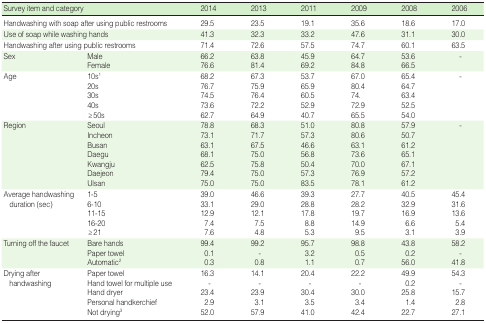
<table><thead><tr><td colspan="2"><b>Survey item and category</b></td><td><b>2014</b></td><td><b>2013</b></td><td><b>2011</b></td><td><b>2009</b></td><td><b>2008</b></td><td><b>2006</b></td></tr></thead><tbody><tr><td colspan="2">Handwashing with soap after using public restrooms</td><td>29.5</td><td>23.5</td><td>19.1</td><td>35.6</td><td>18.6</td><td>17.0</td></tr><tr><td colspan="2">Use of soap while washing hands</td><td>41.3</td><td>32.3</td><td>33.2</td><td>47.6</td><td>31.1</td><td>30.0</td></tr><tr><td colspan="2">Handwashing after using public restrooms</td><td>71.4</td><td>72.6</td><td>57.5</td><td>74.7</td><td>60.1</td><td>63.5</td></tr><tr><td rowspan="2">Sex</td><td>Male</td><td>66.2</td><td>63.8</td><td>45.9</td><td>64.7</td><td>53.6</td><td>-</td></tr><tr><td>Female</td><td>76.6</td><td>81.4</td><td>69.2</td><td>84.8</td><td>66.5</td><td></td></tr><tr><td rowspan="5">Age</td><td>10s<sup>1</sup></td><td>68.2</td><td>67.3</td><td>53.7</td><td>67.0</td><td>65.4</td><td>-</td></tr><tr><td>20s</td><td>76.7</td><td>75.9</td><td>65.9</td><td>80.4</td><td>64.7</td><td></td></tr><tr><td>30s</td><td>74.5</td><td>76.4</td><td>60.5</td><td>74.</td><td>63.4</td><td></td></tr><tr><td>40s</td><td>73.6</td><td>72.2</td><td>52.9</td><td>72.9</td><td>52.5</td><td></td></tr><tr><td>≥50s</td><td>62.7</td><td>64.9</td><td>40.7</td><td>65.5</td><td>54.0</td><td></td></tr><tr><td rowspan="7">Region</td><td>Seoul</td><td>78.8</td><td>68.3</td><td>51.0</td><td>80.8</td><td>57.9</td><td>-</td></tr><tr><td>Incheon</td><td>73.1</td><td>71.7</td><td>57.3</td><td>80.6</td><td>50.7</td><td></td></tr><tr><td>Busan</td><td>63.1</td><td>67.5</td><td>46.6</td><td>63.1</td><td>61.2</td><td></td></tr><tr><td>Daegu</td><td>68.1</td><td>75.0</td><td>56.8</td><td>73.6</td><td>65.1</td><td></td></tr><tr><td>Kwangju</td><td>62.5</td><td>75.8</td><td>50.4</td><td>70.0</td><td>67.1</td><td></td></tr><tr><td>Daejeon</td><td>79.4</td><td>75.0</td><td>57.3</td><td>76.9</td><td>57.2</td><td></td></tr><tr><td>Ulsan</td><td>75.0</td><td>75.0</td><td>83.5</td><td>78.1</td><td>61.2</td><td></td></tr><tr><td rowspan="5">Average handwashing duration (sec)</td><td>1-5</td><td>39.0</td><td>46.6</td><td>39.3</td><td>27.7</td><td>40.5</td><td>45.4</td></tr><tr><td>6-10</td><td>33.1</td><td>29.0</td><td>28.8</td><td>28.2</td><td>32.9</td><td>31.6</td></tr><tr><td>11-15</td><td>12.9</td><td>12.1</td><td>17.8</td><td>19.7</td><td>16.9</td><td>13.6</td></tr><tr><td>16-20</td><td>7.4</td><td>7.5</td><td>8.8</td><td>14.9</td><td>6.6</td><td>5.4</td></tr><tr><td>≥21</td><td>7.6</td><td>4.8</td><td>5.3</td><td>9.5</td><td>3.1</td><td>3.9</td></tr><tr><td rowspan="3">Turning off the faucet</td><td>Bare hands</td><td>99.4</td><td>99.2</td><td>95.7</td><td>98.8</td><td>43.8</td><td>58.2</td></tr><tr><td>Paper towel</td><td>0.1</td><td>-</td><td>3.2</td><td>0.5</td><td>0.2</td><td>-</td></tr><tr><td>Automatic<sup>2</sup></td><td>0.3</td><td>0.8</td><td>1.1</td><td>0.7</td><td>56.0</td><td>41.8</td></tr><tr><td rowspan="5">Drying after handwashing</td><td>Paper towel</td><td>16.3</td><td>14.1</td><td>20.4</td><td>22.2</td><td>49.9</td><td>54.3</td></tr><tr><td>Hand towel for multiple use</td><td>-</td><td>-</td><td>-</td><td>-</td><td>0.2</td><td>-</td></tr><tr><td>Hand dryer</td><td>23.4</td><td>23.9</td><td>30.4</td><td>30.0</td><td>25.8</td><td>15.7</td></tr><tr><td>Personal handkerchief</td><td>2.9</td><td>3.1</td><td>3.5</td><td>3.4</td><td>1.4</td><td>2.8</td></tr><tr><td>Not drying<sup>3</sup></td><td>52.0</td><td>57.9</td><td>41.0</td><td>42.4</td><td>22.7</td><td>27.1</td></tr></tbody></table>